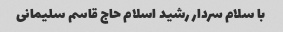
با سلام سردار رشید اسلام حاج قاسم سلیمانی